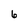
Character: 6